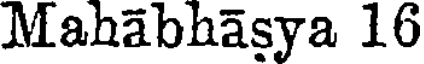
Mahabhasya 16